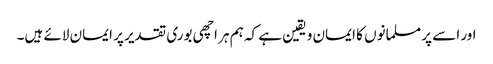
اور اسے پر مسلمانوں کا ایمان و یقین ہے کہ ہم ہر اچھی بوری تقدیر پر ایمان لائے ہیں۔